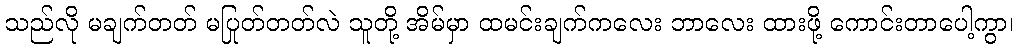
သည်လို မချက်တတ် မပြုတ်တတ်လဲ သူတို့ အိမ်မှာ ထမင်းချက်ကလေး ဘာလေး ထားဖို့ ကောင်းတာပေါ့ကွာ၊